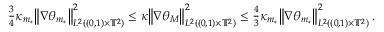
\begin{array} { r } { \frac 3 4 \kappa _ { m _ { * } } \mathopen { } \mathclose \bgroup \left\| \nabla \theta _ { m _ { * } } \aftergroup \egroup \right\| _ { L ^ { 2 } ( ( 0 , 1 ) \times \ensuremath { \mathbb { T } } ^ { 2 } ) } ^ { 2 } \leq \kappa \mathopen { } \mathclose \bgroup \left\| \nabla \theta _ { M } \aftergroup \egroup \right\| _ { L ^ { 2 } ( ( 0 , 1 ) \times \ensuremath { \mathbb { T } } ^ { 2 } ) } ^ { 2 } \leq \frac 4 3 \kappa _ { m _ { * } } \mathopen { } \mathclose \bgroup \left\| \nabla \theta _ { m _ { * } } \aftergroup \egroup \right\| _ { L ^ { 2 } ( ( 0 , 1 ) \times \ensuremath { \mathbb { T } } ^ { 2 } ) } ^ { 2 } \, . } \end{array}